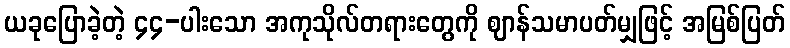
ယခုပြောခဲ့တဲ့ ၄၄-ပါးသော အကုသိုလ်တရားတွေကို ဈာန်သမာပတ်မျှဖြင့် အမြစ်ပြတ်